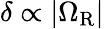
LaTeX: \delta\propto|\Omega_{\mathrm{R}}|